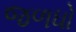
જળધો